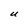
Character: U